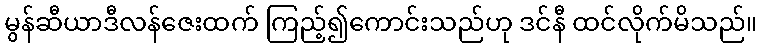
မွန်ဆီယာဒီလန်ဇေးထက် ကြည့်၍ကောင်းသည်ဟု ဒင်နီ ထင်လိုက်မိသည်။